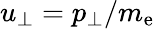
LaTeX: u_{\perp}=p_{\perp}/m_{\mathrm{e}}